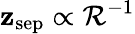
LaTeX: \mathbf{z}_{\textrm{{sep}}}\propto\mathcal{{R}}^{-1}